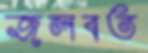
জলবত